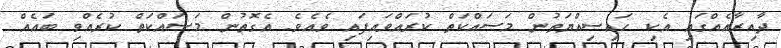
ދާއިރާއެއްގައި އެކި ހައިސިއްޔަތުން މަސައްކަތް ކުރައްވައިފައި ވެއެވެ. އެގޮތުން މަސައްކަތް ކުރެއްވި ބައެއް